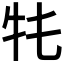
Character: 𤘛